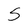
Character: 5